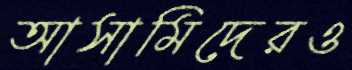
আসামিদেরও